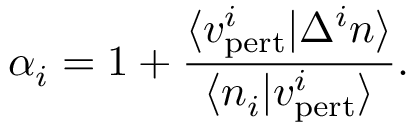
\alpha _ { i } = 1 + \frac { \langle v _ { \mathrm { p e r t } } ^ { i } \vert \Delta ^ { i } n \rangle } { \langle n _ { i } \vert v _ { \mathrm { p e r t } } ^ { i } \rangle } .